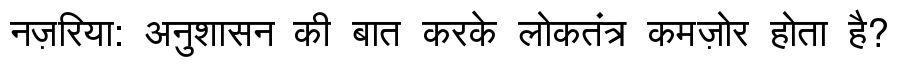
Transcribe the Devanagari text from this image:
नज़रिया: अनुशासन की बात करके लोकतंत्र कमज़ोर होता है?